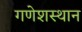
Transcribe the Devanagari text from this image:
गणेशस्थान